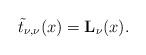
LaTeX: \begin{align*}\tilde{t}_{\nu,\nu}(x)=\mathbf{L}_\nu(x).\end{align*}